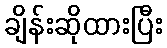
ချိန်းဆိုထားပြီး